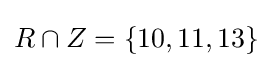
R\cap Z=\{10,11,13\}